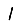
Digit: 1